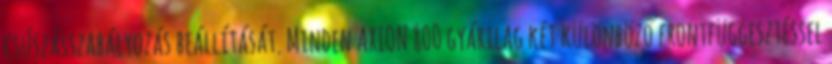
csúszásszabályozás beállítását. Minden AXION 800 gyárilag két különböző frontfüggesztéssel